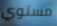
مستوي